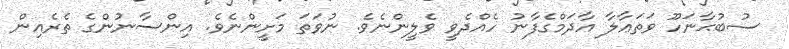
ސުބުޙާނަހޫ ވަތަޢާލާ އާދަމްގެފާނު ހެއްދެވީ ވެލީންނެވެ. ނުވަތަ މަށީންނެވެ. އިންސާނުންގެ ތެރެއިން